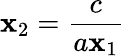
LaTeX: \mathbf{x}_{2}=\frac{{c}}{{a\mathbf{x}_{1}}}